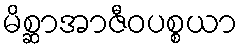
မိစ္ဆာအာဇီဝပစ္စယာ